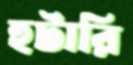
হুটারি